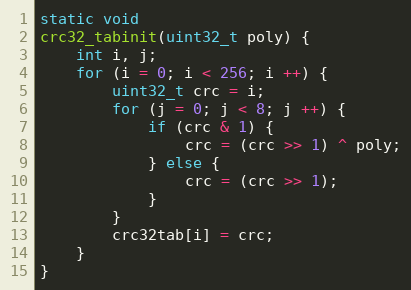
Language: C
static void
crc32_tabinit(uint32_t poly) {
    int i, j;
    for (i = 0; i < 256; i ++) {
        uint32_t crc = i;
        for (j = 0; j < 8; j ++) {
            if (crc & 1) {
                crc = (crc >> 1) ^ poly;
            } else {
                crc = (crc >> 1);
            }
        }
        crc32tab[i] = crc;
    }
}